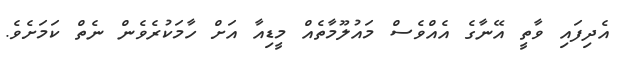
އެދިފައި ވާތީ އޭނާގެ އެއްވެސް މައުލޫމާތެއް މީޑިއާ އަށް ހާމަކުރެވެން ނެތް ކަމަށެވެ.